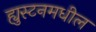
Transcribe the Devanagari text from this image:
ह्युस्टनमधील